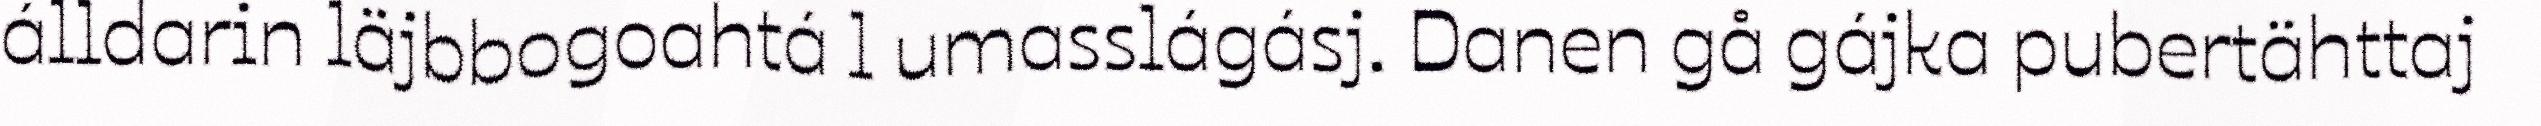
álldarin läjbbogoahtá l umasslágásj. Danen gå gájka pubertähttaj